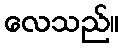
လေသည်။